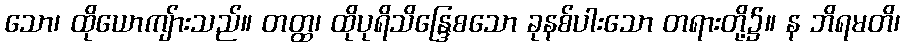
သော၊ ထိုယောကျ်ားသည်။ တတ္ထ၊ ထိုပုရိသိန္ဒြေစသော ခုနစ်ပါးသော တရားတို့၌။ န ဘိရမတိ၊